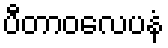
ပီတာဝလေပနံ